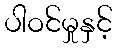
ပါဝင်မှုနှင့်